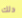
دلك